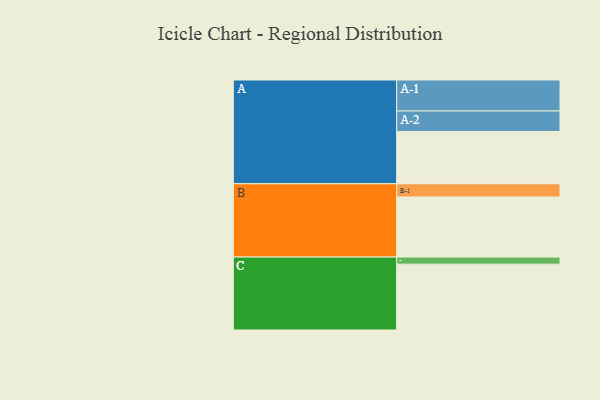
{"axis": {"x": "Segment", "y": "Value"}, "legend": ["", "A", "B", "C"], "data": [{"x": "A", "y": 383, "type": ""}, {"x": "B", "y": 440, "type": ""}, {"x": "C", "y": 482, "type": ""}, {"x": "A-1", "y": 227, "type": "A"}, {"x": "A-2", "y": 150, "type": "A"}, {"x": "B-1", "y": 97, "type": "B"}, {"x": "C-1", "y": 52, "type": "C"}]}